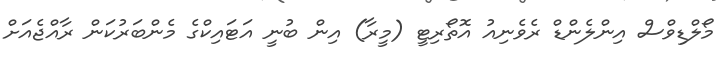
މޯލްޑިވްސް އިންލެންޑް ރެވެނިއު އޮތޯރިޓީ (މީރާ) އިން ބުނީ އަޓައިކްގެ މެންބަރުކަން ރާއްޖެއަށް